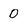
Character: 0